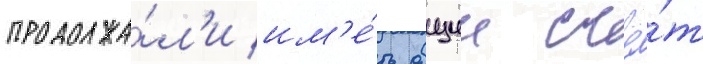
продолжа́л'и им'е́ть общии счё́т